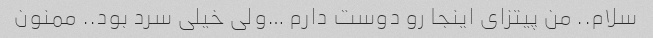
سلام.. من پیتزای اینجا رو دوست دارم …ولی خیلی سرد بود.. ممنون